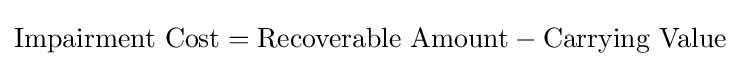
{\mbox{Impairment Cost}}={{\mbox{Recoverable Amount}}-{\mbox{Carrying Value}}}